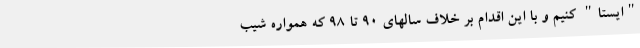
"ایستا" کنیم و با این اقدام بر خلاف سالهای 90 تا 98 که همواره شیب